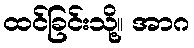
ထင်ခြင်းသို့။ အာဂ